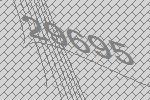
29695